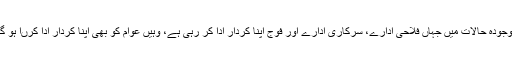
موجودہ حالات میں جہاں فلاحی ادارے، سرکاری ادارے اور فوج اپنا کردار ادا کر رہی ہے، وہیں عوام کو بھی اپنا کردار ادا کرںا ہو گا۔